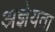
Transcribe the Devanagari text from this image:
अज्ञेयता